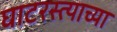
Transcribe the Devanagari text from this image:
घाटरस्त्याच्या